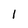
Character: 1